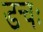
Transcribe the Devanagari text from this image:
डचः